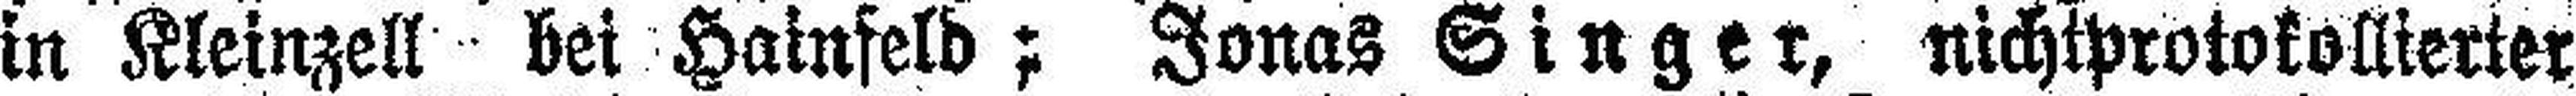
in Kleinzell bei Hainfeld; Jonas Singer, nichtprotokollierter